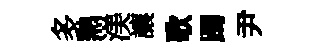
多熱渼讓歌躅尹